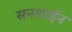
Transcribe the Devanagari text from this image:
सनशाईन